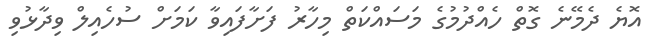
އޮޔެ ދެމޭނެ ގޮތް ހެއްދުމުގެ މަސައްކަތް މިހާރު ފަށާފައިވާ ކަމަށް ސުހެއިލް ވިދާޅުވި